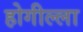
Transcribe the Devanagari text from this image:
होगील्ला